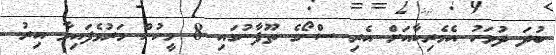
ބުދަ ދުވަހު އެމެރިކާއަށް އެރި ސްނޯގެ ތޫފާނުގައި 8 މީހުން މަރުވެފައިވާ އިރު